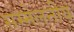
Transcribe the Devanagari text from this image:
सम्मेलनीय